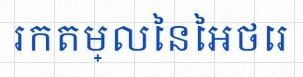
រកតម្លៃនៃអថេរ